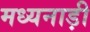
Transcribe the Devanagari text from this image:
मध्यनाड़ी